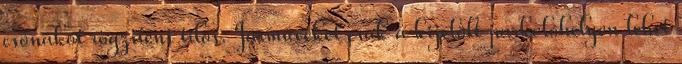
csónakot rögzíteni tilos. Járműveket csak a kijelölt parkolóhelyen lehet